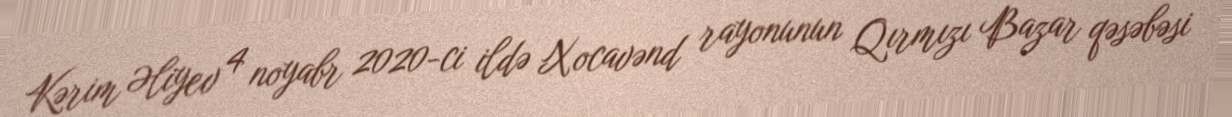
Kərim Əliyev 4 noyabr 2020-ci ildə Xocavənd rayonunun Qırmızı Bazar qəsəbəsi